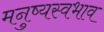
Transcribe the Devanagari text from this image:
मनुष्यस्वभाव